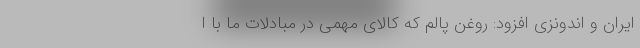
ایران و اندونزی افزود: روغن پالم که کالای مهمی در مبادلات ما با ا